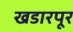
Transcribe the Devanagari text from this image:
खडारपूर